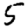
Digit: 5